65_HS1-834228961_62-HQ-83894_Section_2
Agency: FBI
Page 88
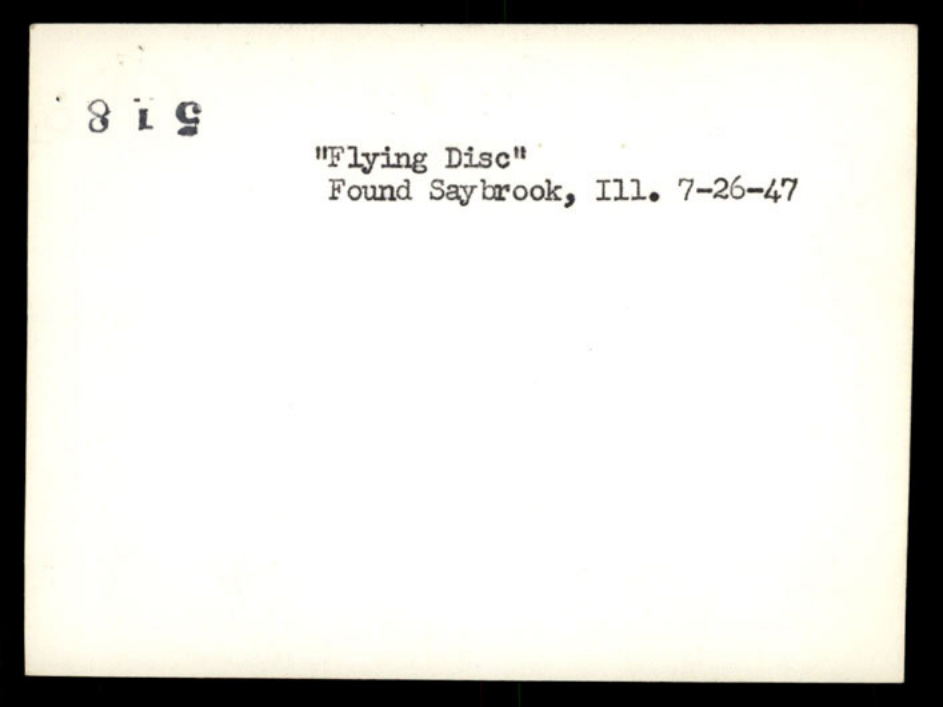